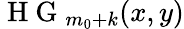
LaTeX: \mathrm{~H~G~}_{m_{0}+k}(x,y)